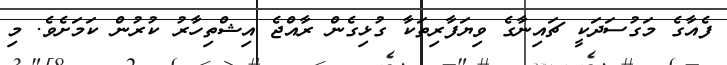
ފެއާގެ މަގުސަދަކީ ޗައިނާގެ ވިޔަފާރިތަކާ ގުޅިގެން ރާއްޖެ އިޝްތިހާރު ކުރުން ކަމަށެވެ. މި